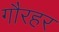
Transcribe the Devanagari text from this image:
गौरहर